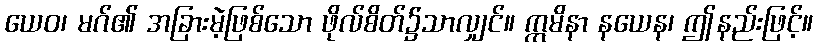
ယေဝ၊ မဂ်၏ အခြားမဲ့ဖြစ်သော ဖိုလ်စိတ်၌သာလျှင်။ ဣမိနာ နယေန၊ ဤနည်းဖြင့်။